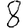
Digit: 8